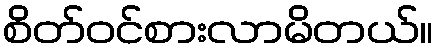
စိတ်ဝင်စားလာမိတယ်။